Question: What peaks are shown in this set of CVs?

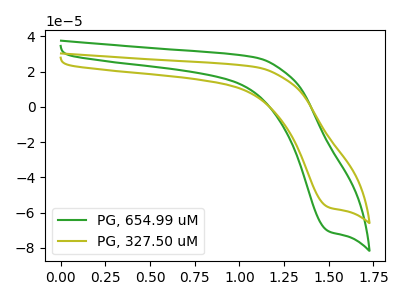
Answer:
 <answer>The green curve "PG, 654.99 uM" has a cathodic peak at: (1.50V, -70.60uA). The olive curve "PG, 327.50 uM" has a cathodic peak at: (1.50V, -57.00uA).</answer>
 <eval></eval>